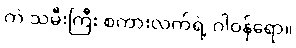
ကဲ သမီးကြီး စကားလက်ရဲ့ ဂါဝန်ရော။